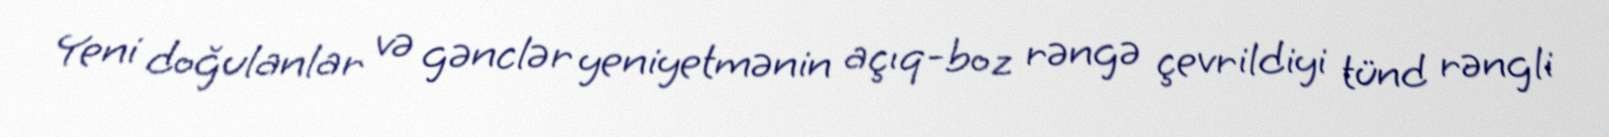
Yeni doğulanlar və gənclər yeniyetmənin açıq-boz rəngə çevrildiyi tünd rəngli